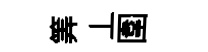
筭丄圍